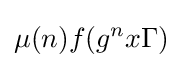
\mu (n)f(g^{n}x\Gamma )